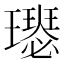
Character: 𤪴